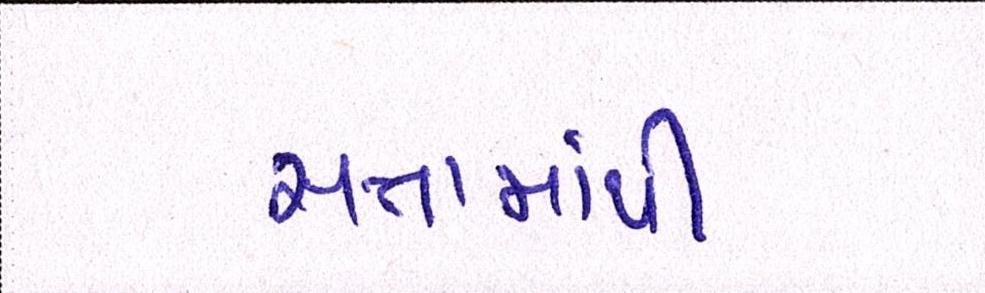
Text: સત્તામાંથી